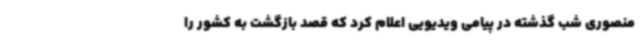
منصوری شب گذشته در پیامی ویدیویی اعلام کرد که قصد بازگشت به کشور را